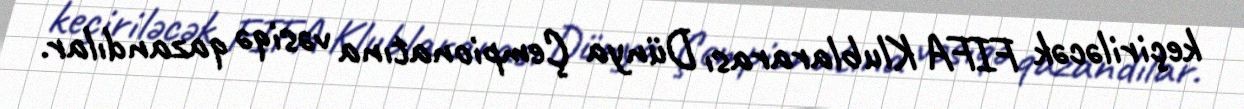
keçiriləcək FIFA Klublararası Dünya Çempionatına vəsiqə qazandılar.